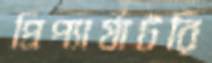
প্রিপ্যার্যাটরি